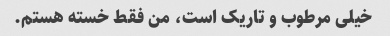
خیلی مرطوب و تاریک است، من فقط خسته هستم.